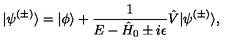
| \psi ^ { ( \pm ) } \rangle = | \phi \rangle + \frac { 1 } { E - \hat { H } _ { 0 } \pm i \epsilon } \hat { V } | \psi ^ { ( \pm ) } \rangle ,